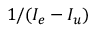
1 / ( I _ { e } - I _ { u } )